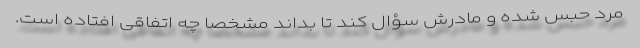
مرد حبس شده و مادرش سؤال کند تا بداند مشخصا چه اتفاقی افتاده است.